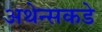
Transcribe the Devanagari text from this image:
अथेन्सकडे